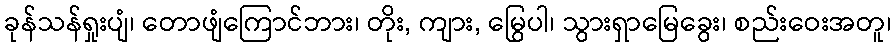
ခုန်သန်ရှုးပျံ၊ တောဖျံကြောင်ဘား၊ တိုး, ကျား, မြွေပါ၊ သွားရှာမြေခွေး၊ စည်းဝေးအတူ၊